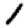
Digit: 1